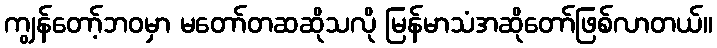
ကျွန်တော့်ဘဝမှာ မတော်တဆဆိုသလို မြန်မာသံအဆိုတော်ဖြစ်လာတယ်။